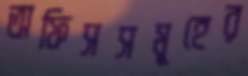
অফিসসমূহের